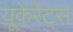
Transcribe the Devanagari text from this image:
यूकेरेट्स